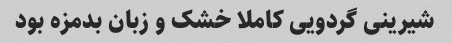
شیرینی گردویی کاملا خشک و زبان بدمزه بود